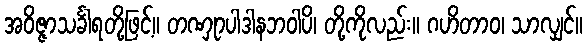
အဝိဇ္ဇာသင်္ခါရတို့ဖြင့်။ တဏှုာပါဒါနဘဝါပိ၊ တို့ကိုလည်း။ ဂဟိတာဝ၊ သာလျှင်။